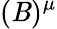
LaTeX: (\mathit{B})^{\mu}